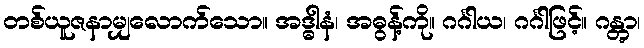
တစ်ယူဇနာမျှလောက်သော။ အဒ္ဓါနံ၊ အဓွန့်ကို။ ဂင်္ဂါယ၊ ဂင်္ဂါဖြင့်။ ဂန္တွာ၊